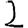
Digit: 2